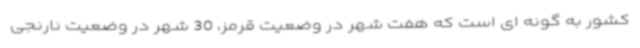
کشور به گونه ای است که هفت شهر در وضعیت قرمز، 30 شهر در وضعیت نارنجی